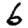
Digit: 6